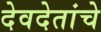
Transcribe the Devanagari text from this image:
देवदेतांचे